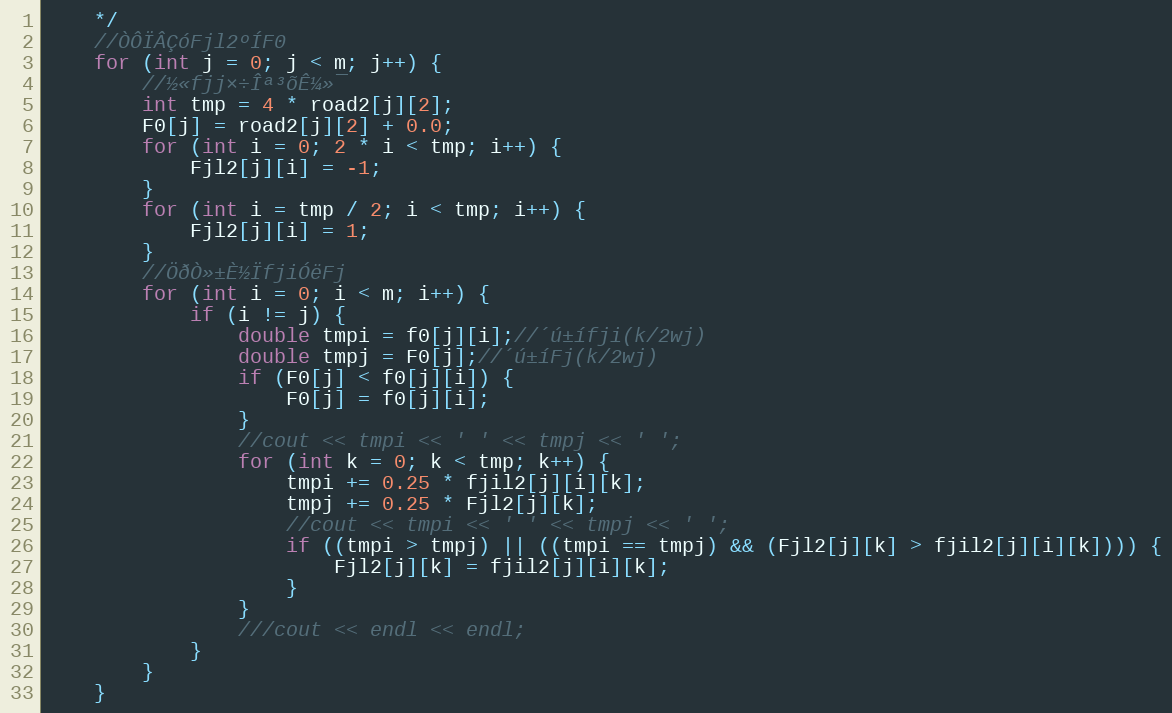
Language: C++
	*/
	//ÒÔÏÂÇóFjl2ºÍF0
	for (int j = 0; j < m; j++) {
		//½«fjj×÷Îª³õÊ¼»¯
		int tmp = 4 * road2[j][2];
		F0[j] = road2[j][2] + 0.0;
		for (int i = 0; 2 * i < tmp; i++) {
			Fjl2[j][i] = -1;
		}
		for (int i = tmp / 2; i < tmp; i++) {
			Fjl2[j][i] = 1;
		}
		//ÖðÒ»±È½ÏfjiÓëFj
		for (int i = 0; i < m; i++) {
			if (i != j) {
				double tmpi = f0[j][i];//´ú±ífji(k/2wj)
				double tmpj = F0[j];//´ú±íFj(k/2wj)
				if (F0[j] < f0[j][i]) {
					F0[j] = f0[j][i];
				}
				//cout << tmpi << ' ' << tmpj << ' ';
				for (int k = 0; k < tmp; k++) {
					tmpi += 0.25 * fjil2[j][i][k];
					tmpj += 0.25 * Fjl2[j][k];
					//cout << tmpi << ' ' << tmpj << ' ';
					if ((tmpi > tmpj) || ((tmpi == tmpj) && (Fjl2[j][k] > fjil2[j][i][k]))) {
						Fjl2[j][k] = fjil2[j][i][k];
					}
				}
				///cout << endl << endl;
			}
		}
	}